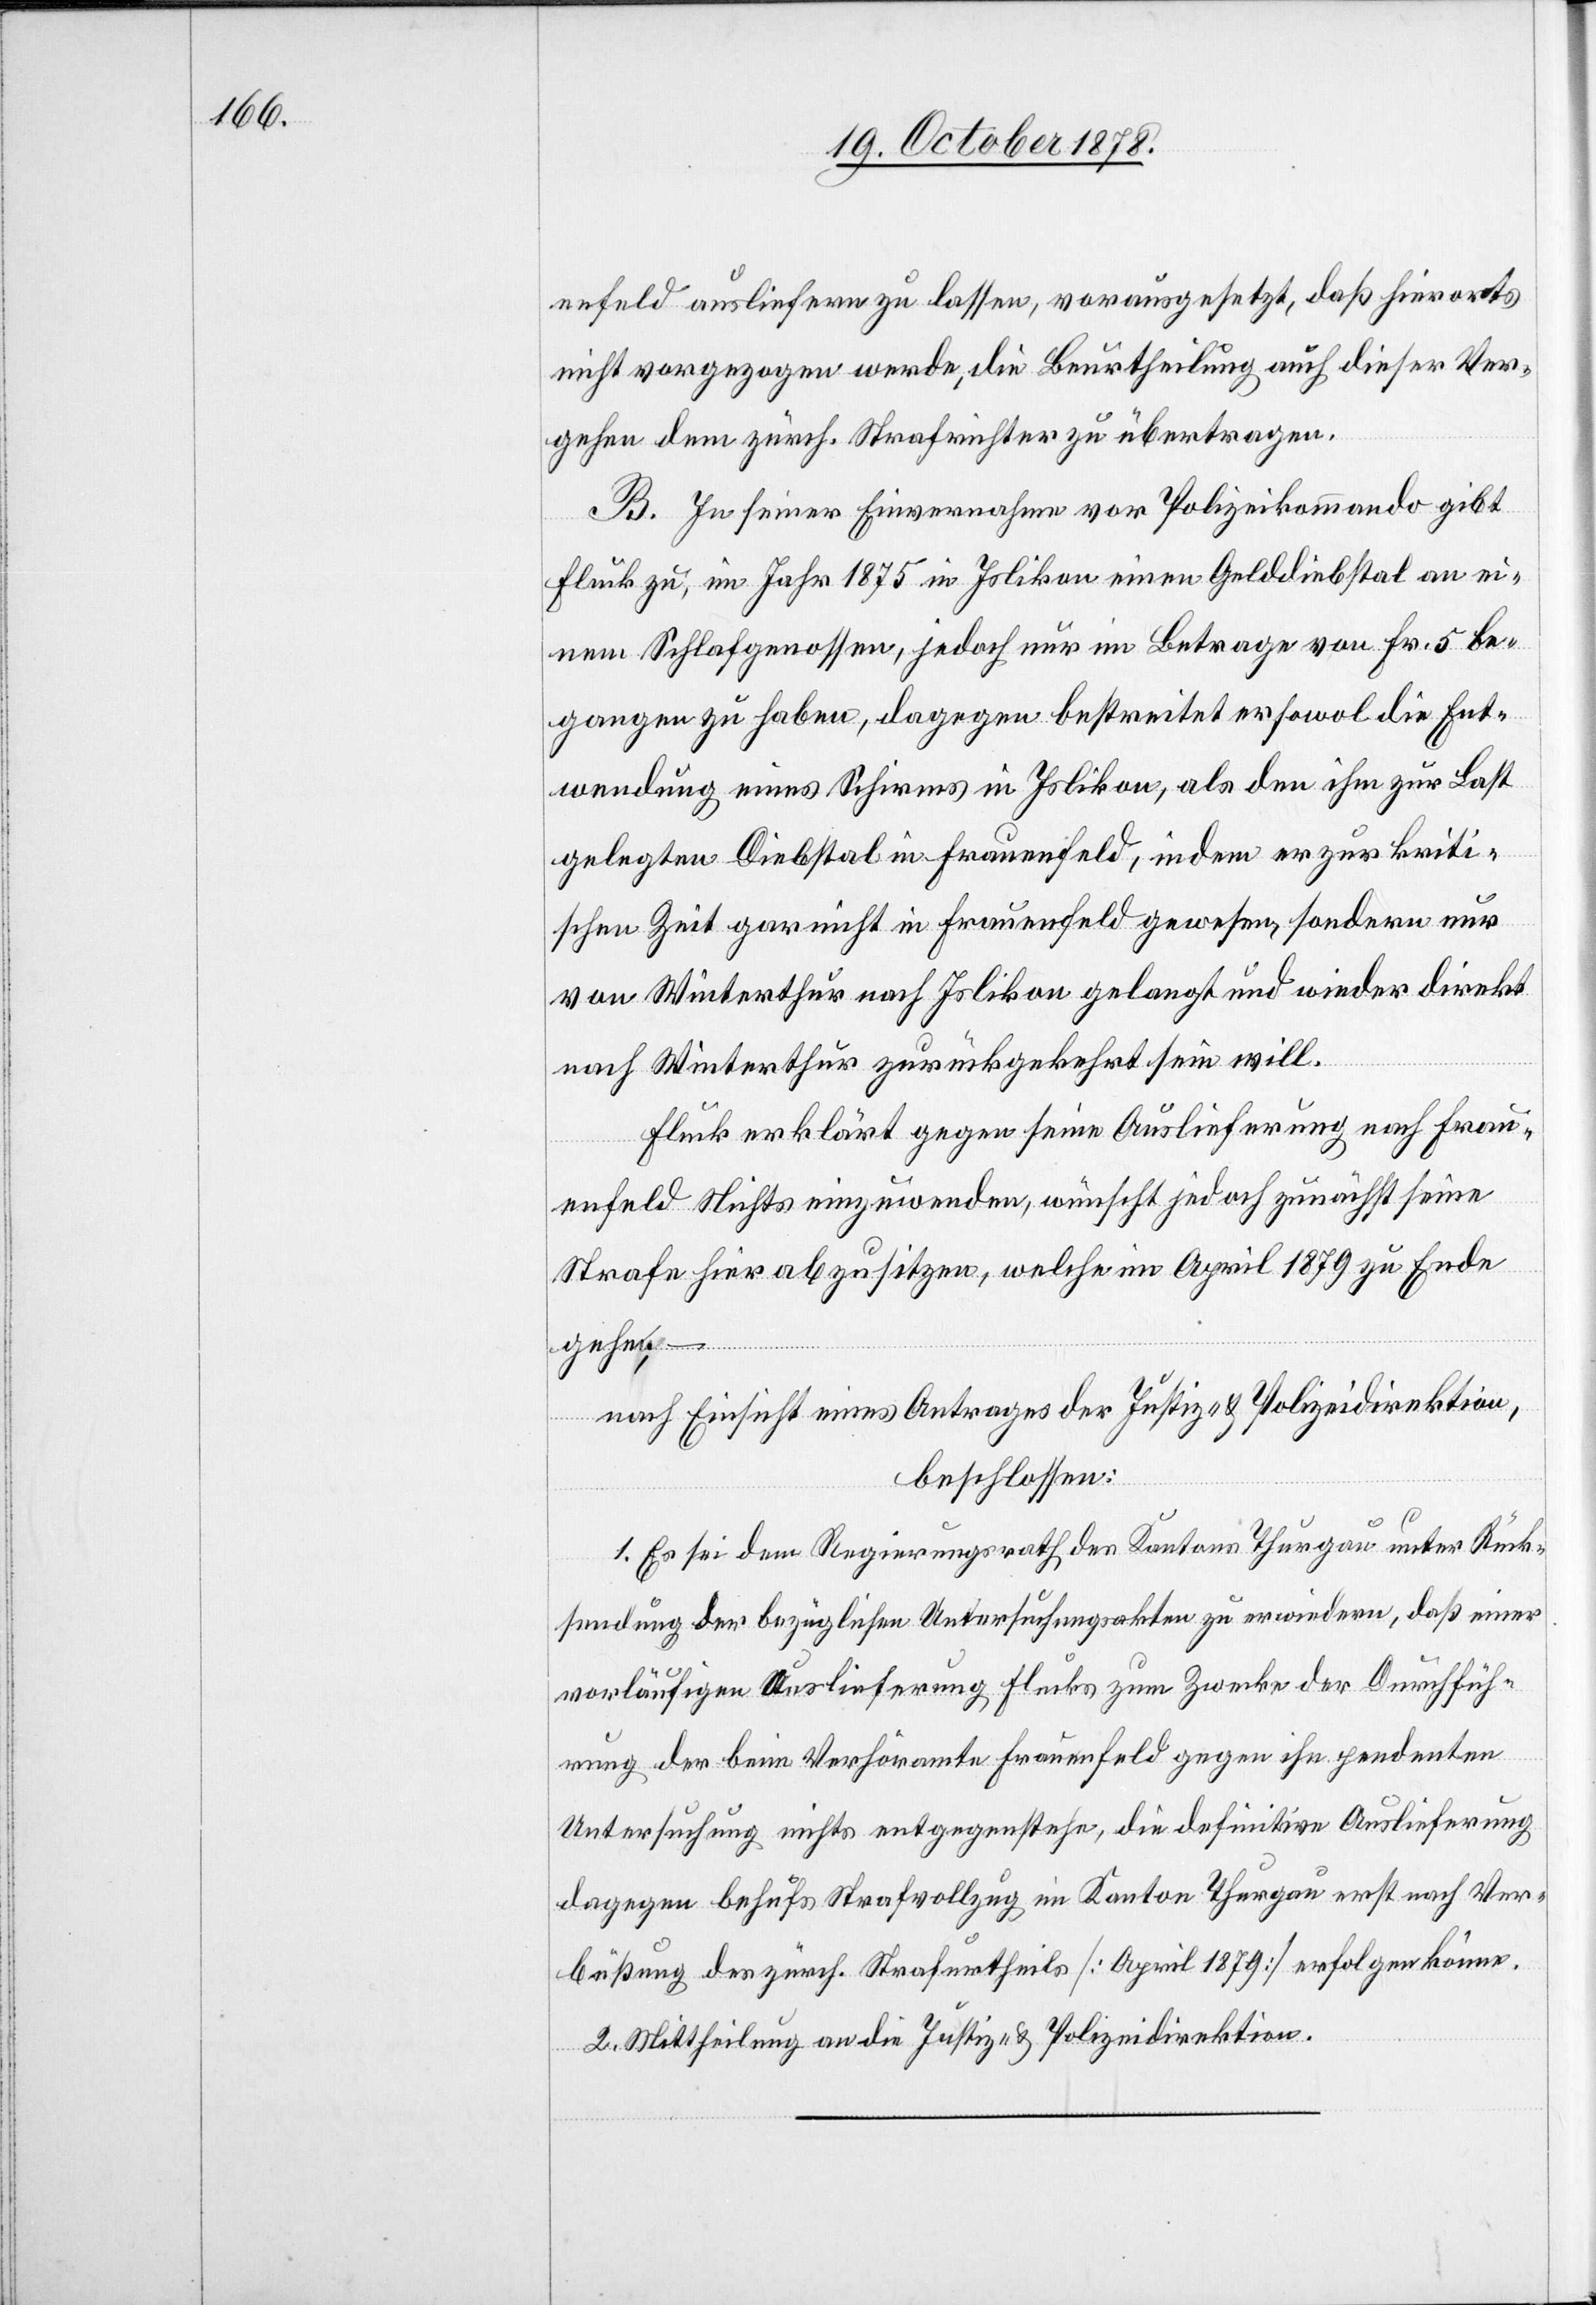
enfeld ausliefern zu lassen, vorausgesetzt, daß hierorts
nicht vorgezogen werde, die Beurtheilung auch dieser Ver¬
gehen dem zürch. Strafrichter zu übertragen.
B. In seiner Einvernahme vor Polizeikommando gibt
Fluck zu, im Jahr 1875 in Islikon einen Gelddiebstal an ei¬
nem Schlafgenossen, jedoch nur im Betrage von Fr. 5 be¬
gangen zu haben, dagegen bestreitet er sowol die Ent¬
wendung eines Schirmes in Islikon, als den ihm zur Last
gelegten Diebstal in Frauenfeld, indem er zur kriti¬
schen Zeit gar nicht in Frauenfeld gewesen, sondern nur
von Winterthur nach Islikon gelangt und wieder direkt
nach Winterthur zurückgekehrt sein will.
Fluck erklärt gegen seine Auslieferung nach Frau¬
enfeld Nichts einzuwenden, wünscht jedoch zunächst seine
Strafe hier abzusitzen, welche im April 1879 zu Ende
gehe, –
nach Einsicht eines Antrages der Justiz- & Polizeidirektion,
beschlossen:
1. Es sei dem Regierungsrath des Kantons Thurgau unter Rück¬
sendung der bezüglichen Untersuchungsakten zu erwiedern, daß einer
vorläufigen Auslieferung Flucks zum Zwecke der Durchfüh¬
rung der beim Verhöramte Frauenfeld gegen ihn pendenten
Untersuchung nichts entgegenstehe, die definitive Auslieferung
dagegen behufs Strafvollzug im Kanton Thurgau erst nach Ver¬
büßung des zürch. Strafurtheils [April 1879] erfolgen könne.
2. Mittheilung an die Justiz- & Polizeidirektion.